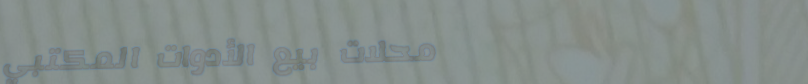
محلات بيع الأدوات المكتبي